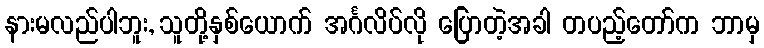
နားမလည်ပါဘူး, သူတို့နှစ်ယောက် အင်္ဂလိပ်လို ပြောတဲ့အခါ တပည့်တော်က ဘာမှ